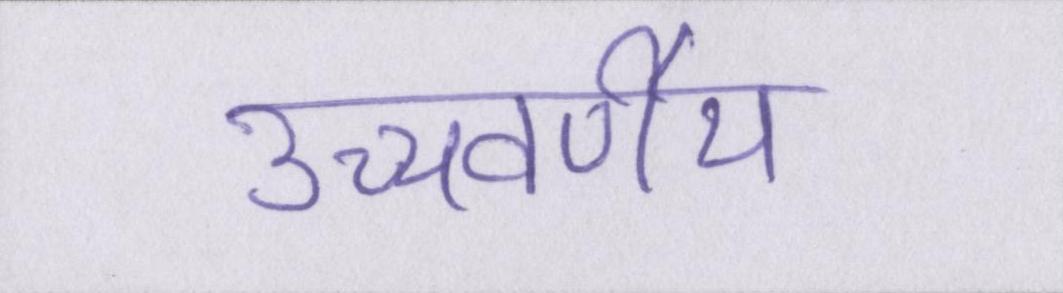
उच्चवर्णीय